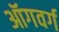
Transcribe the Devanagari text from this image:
ऑगवर्ग